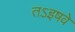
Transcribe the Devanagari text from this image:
तऽइषवे